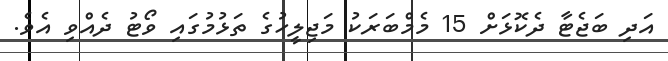
އަދި ބަޖެޓާ ދެކޮޅަށް 15 މެމްބަރަކު މަޖިލީހުގެ ތަޅުމުގައި ވޯޓު ދެއްވި އެވެ.